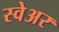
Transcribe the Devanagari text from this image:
स्वेअर